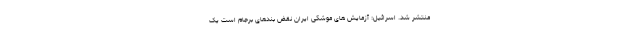
منتشر شد. اسرائیل: آزمایش های موشکی ایران نقض بندهای برجام است یک